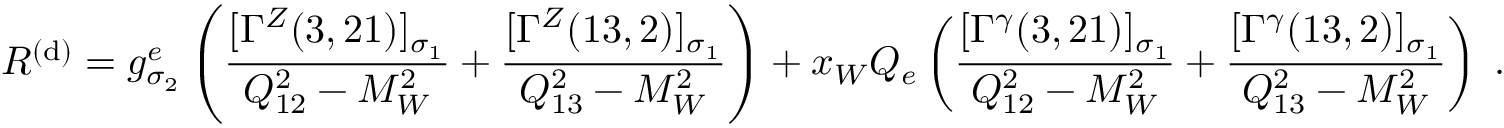
{ \cal R } ^ { ( \mathrm { d } ) } = g _ { \sigma _ { 2 } } ^ { e } \left( \frac { [ \Gamma ^ { Z } ( 3 , 2 1 ) ] _ { \sigma _ { 1 } } } { Q _ { 1 2 } ^ { 2 } - M _ { W } ^ { 2 } } + \frac { [ \Gamma ^ { Z } ( 1 3 , 2 ) ] _ { \sigma _ { 1 } } } { Q _ { 1 3 } ^ { 2 } - M _ { W } ^ { 2 } } \right) + x _ { W } Q _ { e } \left( \frac { [ \Gamma ^ { \gamma } ( 3 , 2 1 ) ] _ { \sigma _ { 1 } } } { Q _ { 1 2 } ^ { 2 } - M _ { W } ^ { 2 } } + \frac { [ \Gamma ^ { \gamma } ( 1 3 , 2 ) ] _ { \sigma _ { 1 } } } { Q _ { 1 3 } ^ { 2 } - M _ { W } ^ { 2 } } \right) \; .